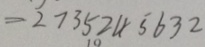
= 2 7 3 5 2 4 5 6 3 2